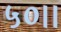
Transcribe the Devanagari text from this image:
५०।।